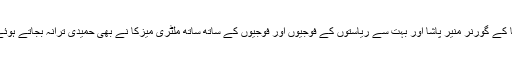
اس ٹرین کو برسا کے گورنر منیر پاشا اور بہت سے ریاستوں کے فوجیوں اور فوجیوں کے ساتھ ساتھ ملٹری میزکا نے بھی حمیدی ترانہ بجاتے ہوئے استقبال کیا تھا۔